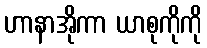
ဟာနာအိုကာ ယာစုကိုကို